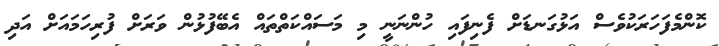
ކޮންމެފަހަރަކުވެސް އަޅުގަނޑަށް ފެނިފައި ހުންނަނީ މި މަސައްކަތްތައް އެބޭފުޅުން ވަރަށް ފުރިހަމައަށް އަދި